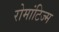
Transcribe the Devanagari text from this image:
रोमांटिज्म